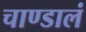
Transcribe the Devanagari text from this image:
चाण्डालं